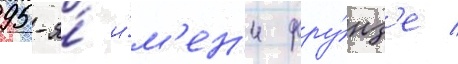
95-я́ и́м'ен'и фру́нз'е /